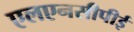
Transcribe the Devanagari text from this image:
एलएनसीपीई